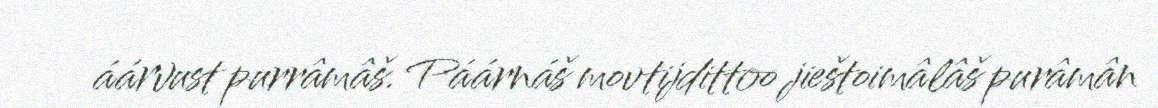
áárvust purrâmâš. Páárnáš movtijdittoo jieštoimâlâš purâmân